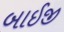
બાઈજી